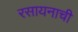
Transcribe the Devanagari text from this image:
रसायनाची